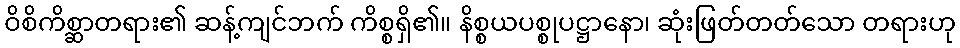
ဝိစိကိစ္ဆာတရား၏ ဆန့်ကျင်ဘက် ကိစ္စရှိ၏။ နိစ္စယပစ္စုပဋ္ဌာနော၊ ဆုံးဖြတ်တတ်သော တရားဟု